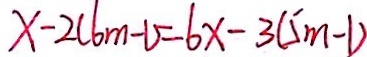
x - 2 ( 6 m - 1 ) = 6 x - 3 ( 5 m - 1 )